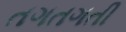
તગતગતી